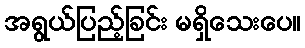
အရွယ်ပြည့်ခြင်း မရှိသေးပေ။